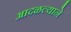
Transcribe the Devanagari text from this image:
आदळल्याने